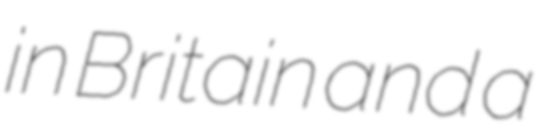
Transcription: in Britain and a